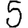
Digit: 5